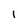
Character: I